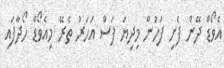
އެވޯޑް ދޭން ފެށި ފަހުން މިދިޔަ ފަސް އަހަރު ތެރޭ މިއެވޯޑް ހޯދާފައި